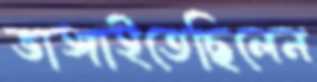
ভাঙ্গাইতেছিলেন